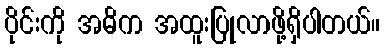
ပိုင်းကို အဓိက အထူးပြုလာဖို့ရှိပါတယ်။